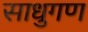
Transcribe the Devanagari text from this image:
साधुगण